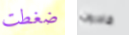
ضغطت قادرون